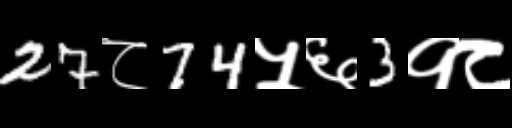
Text: 27८74५६3१८